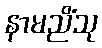
နာမညိံသု